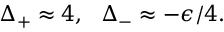
~ \Delta _ { + } \approx 4 , ~ ~ \Delta _ { - } \approx - \epsilon / 4 .